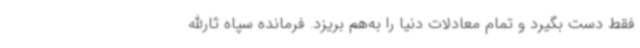
فقط دست بگیرد و تمام معادلات دنیا را به‌هم بریزد. فرمانده سپاه ثارالله